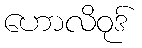
ဟောလိဝုဒ်